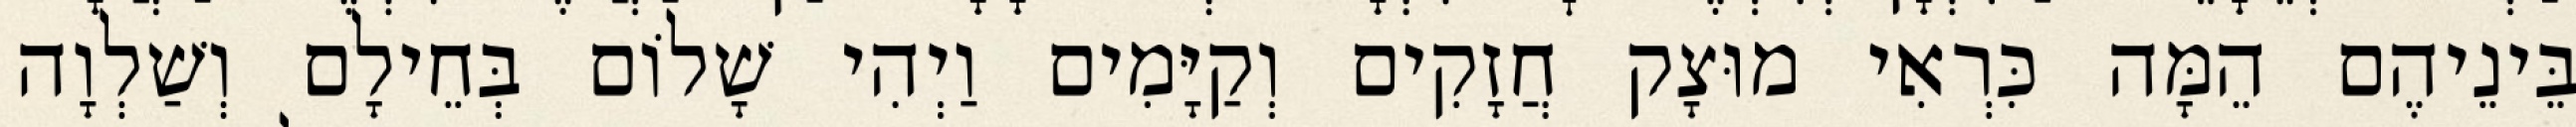
בֵּינֵיהֶם הֵמָּה כִּרְאִי מוּצָק חֲזָקִים וְקַיָּמִים וַיְהִי שָׁלוֹם בְּחֵילָם וְשַׁלְוָה